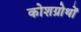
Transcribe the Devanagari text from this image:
कोशग्रोथों